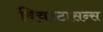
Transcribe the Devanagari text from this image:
क्विन्टासन्स